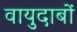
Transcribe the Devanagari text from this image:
वायुदाबों